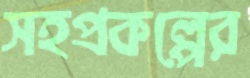
সহপ্রকল্পের